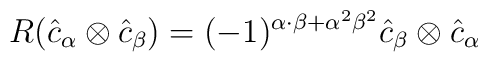
R(\hat{c}_{\alpha}\otimes\hat{c}_{\beta}) =(-1)^{\alpha\cdot\beta +{\alpha}^{2}{\beta}^{2}}                                       \hat{c}_{\beta}\otimes\hat{c}_{\alpha}